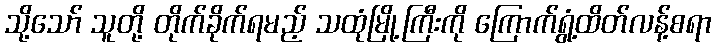
သို့သော် သူတို့ တိုက်ခိုက်ရမည့် သထုံမြို့ကြီးကို ကြောက်ရွံ့ထိတ်လန့်စရာ